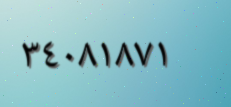
٣٤٠٨١٨٧١